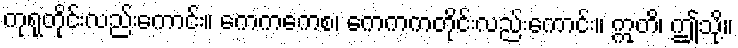
ကုရုတိုင်းလည်းကောင်း။ ကေကကေစ၊ ကေကကတိုင်းလည်းကောင်း။ ဣတိ၊ ဤသို့။